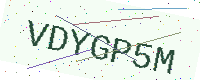
Text: VDYGP5M